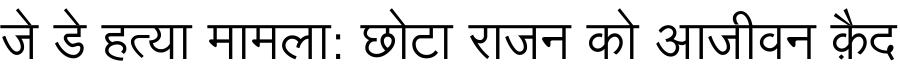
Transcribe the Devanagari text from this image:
जे डे हत्या मामला: छोटा राजन को आजीवन क़ैद